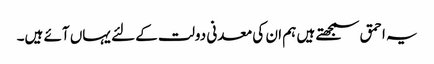
یہ احمق سمجھتے ہیں ہم ان کی معدنی دولت کے لئے یہاں آئے ہیں۔